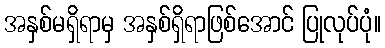
အနှစ်မရှိရာမှ အနှစ်ရှိရာဖြစ်အောင် ပြုလုပ်ပုံ။